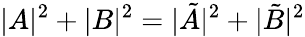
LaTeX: |A|^{2}+|B|^{2}=|\tilde{A}|^{2}+|\tilde{B}|^{2}